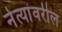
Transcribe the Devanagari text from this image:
नेत्यांवरील